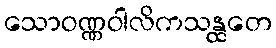
သောဝဏ္ဏဝါလိကသန္ထတေ